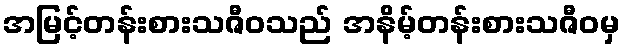
အမြင့်တန်းစားသဇီဝသည် အနိမ့်တန်းစားသဇီဝမှ